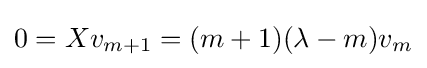
0=Xv_{m+1}=(m+1)(\lambda -m)v_{m}